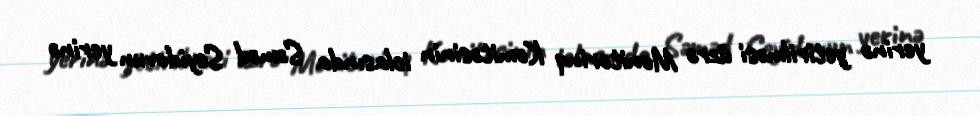
yerinə yetirilməsi üzrə Monitorinq Komitəsinin iclasında Səməd Seyidovun yerinə